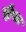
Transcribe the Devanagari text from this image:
झेया